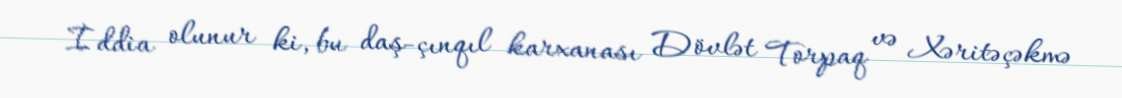
İddia olunur ki, bu daş-çınqıl karxanası Dövlət Torpaq və Xəritəçəkmə